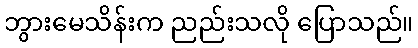
ဘွားမေသိန်းက ညည်းသလို ပြောသည်။